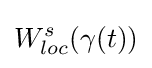
W_{loc}^{s}(\gamma (t))